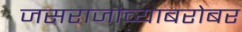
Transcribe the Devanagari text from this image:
जसराजांच्याबरोबर